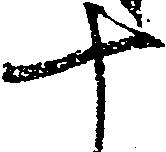
十